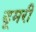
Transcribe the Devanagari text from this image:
डूमरी